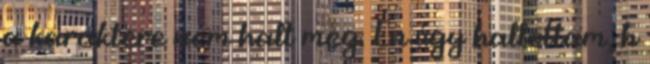
a karaktere nem halt meg. Én úgy hallottam, h